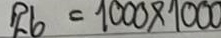
26 = 1000 x 1000